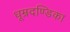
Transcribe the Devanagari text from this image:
धूम्रदण्डिका